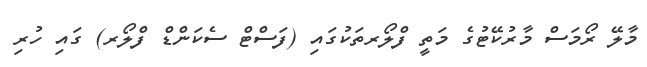
މާލޭ ރޯމަސް މާރުކޭޓުގެ މަތީ ފްލޯރތަކުގައި (ފަސްޓް ސެކަންޑް ފްލޯރ) ގައި ހުރި